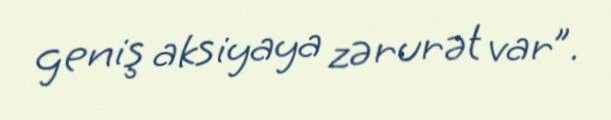
geniş aksiyaya zərurət var”.